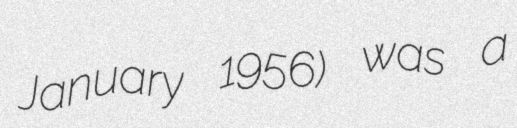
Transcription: January 1956) was a